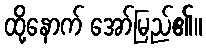
ထို့နောက် အော်မြည်၏။